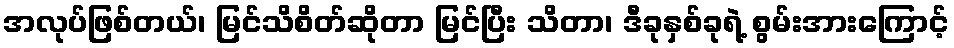
အလုပ်ဖြစ်တယ်၊ မြင်သိစိတ်ဆိုတာ မြင်ပြီး သိတာ၊ ဒီခုနှစ်ခုရဲ့ စွမ်းအားကြောင့်